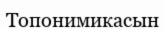
Топонимикасын